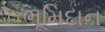
ભૂમિદાન